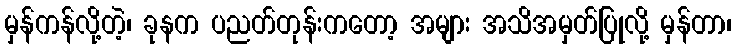
မှန်ကန်လို့တဲ့၊ ခုနက ပညတ်တုန်းကတော့ အများ အသိအမှတ်ပြုလို့ မှန်တာ၊